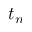
t _ { n }